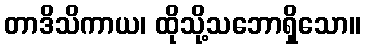
တာဒိသိကာယ၊ ထိုသို့သဘောရှိသော။